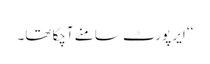
‘‘ ایر پورٹ سامنے آچکا تھا۔